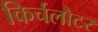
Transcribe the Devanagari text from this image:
किर्चलौटर